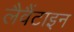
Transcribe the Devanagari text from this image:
लैवैंटाइन